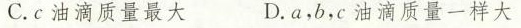
C.c油滴质量最大 D.a，b，c油滴质量一样大